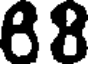
88